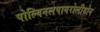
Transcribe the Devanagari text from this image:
पोल्विनलपायरोलीडोन